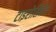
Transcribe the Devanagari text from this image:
टाइरोसिनेज